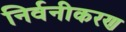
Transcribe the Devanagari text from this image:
निर्वनीकरण